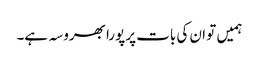
ہمیں تو ان کی بات پر پورا بھروسہ ہے۔